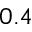
0 . 4